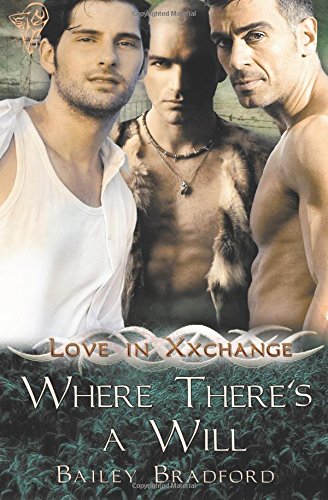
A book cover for Where There's A Will (Volume 9); Bailey Bradford; Romance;